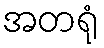
အတရုံ